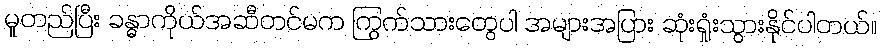
မူတည်ပြီး ခန္ဓာကိုယ်အဆီတင်မက ကြွက်သားတွေပါ အများအပြား ဆုံးရှုံးသွားနိုင်ပါတယ်။